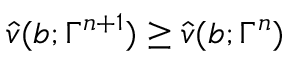
\hat { v } ( b ; \Gamma ^ { n + 1 } ) \ge \hat { v } ( b ; \Gamma ^ { n } )